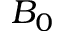
B _ { 0 }